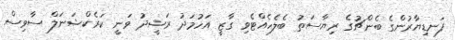
ފަނޑިޔާރުންގެ ބެންޗުގެ ރިޔާސަތު ބެލެހެއްޓެވި ގާޒީ އަހުމަދު ރަޝީދު ވަނީ ކަރެކްޝަނަލް ސާވިސް